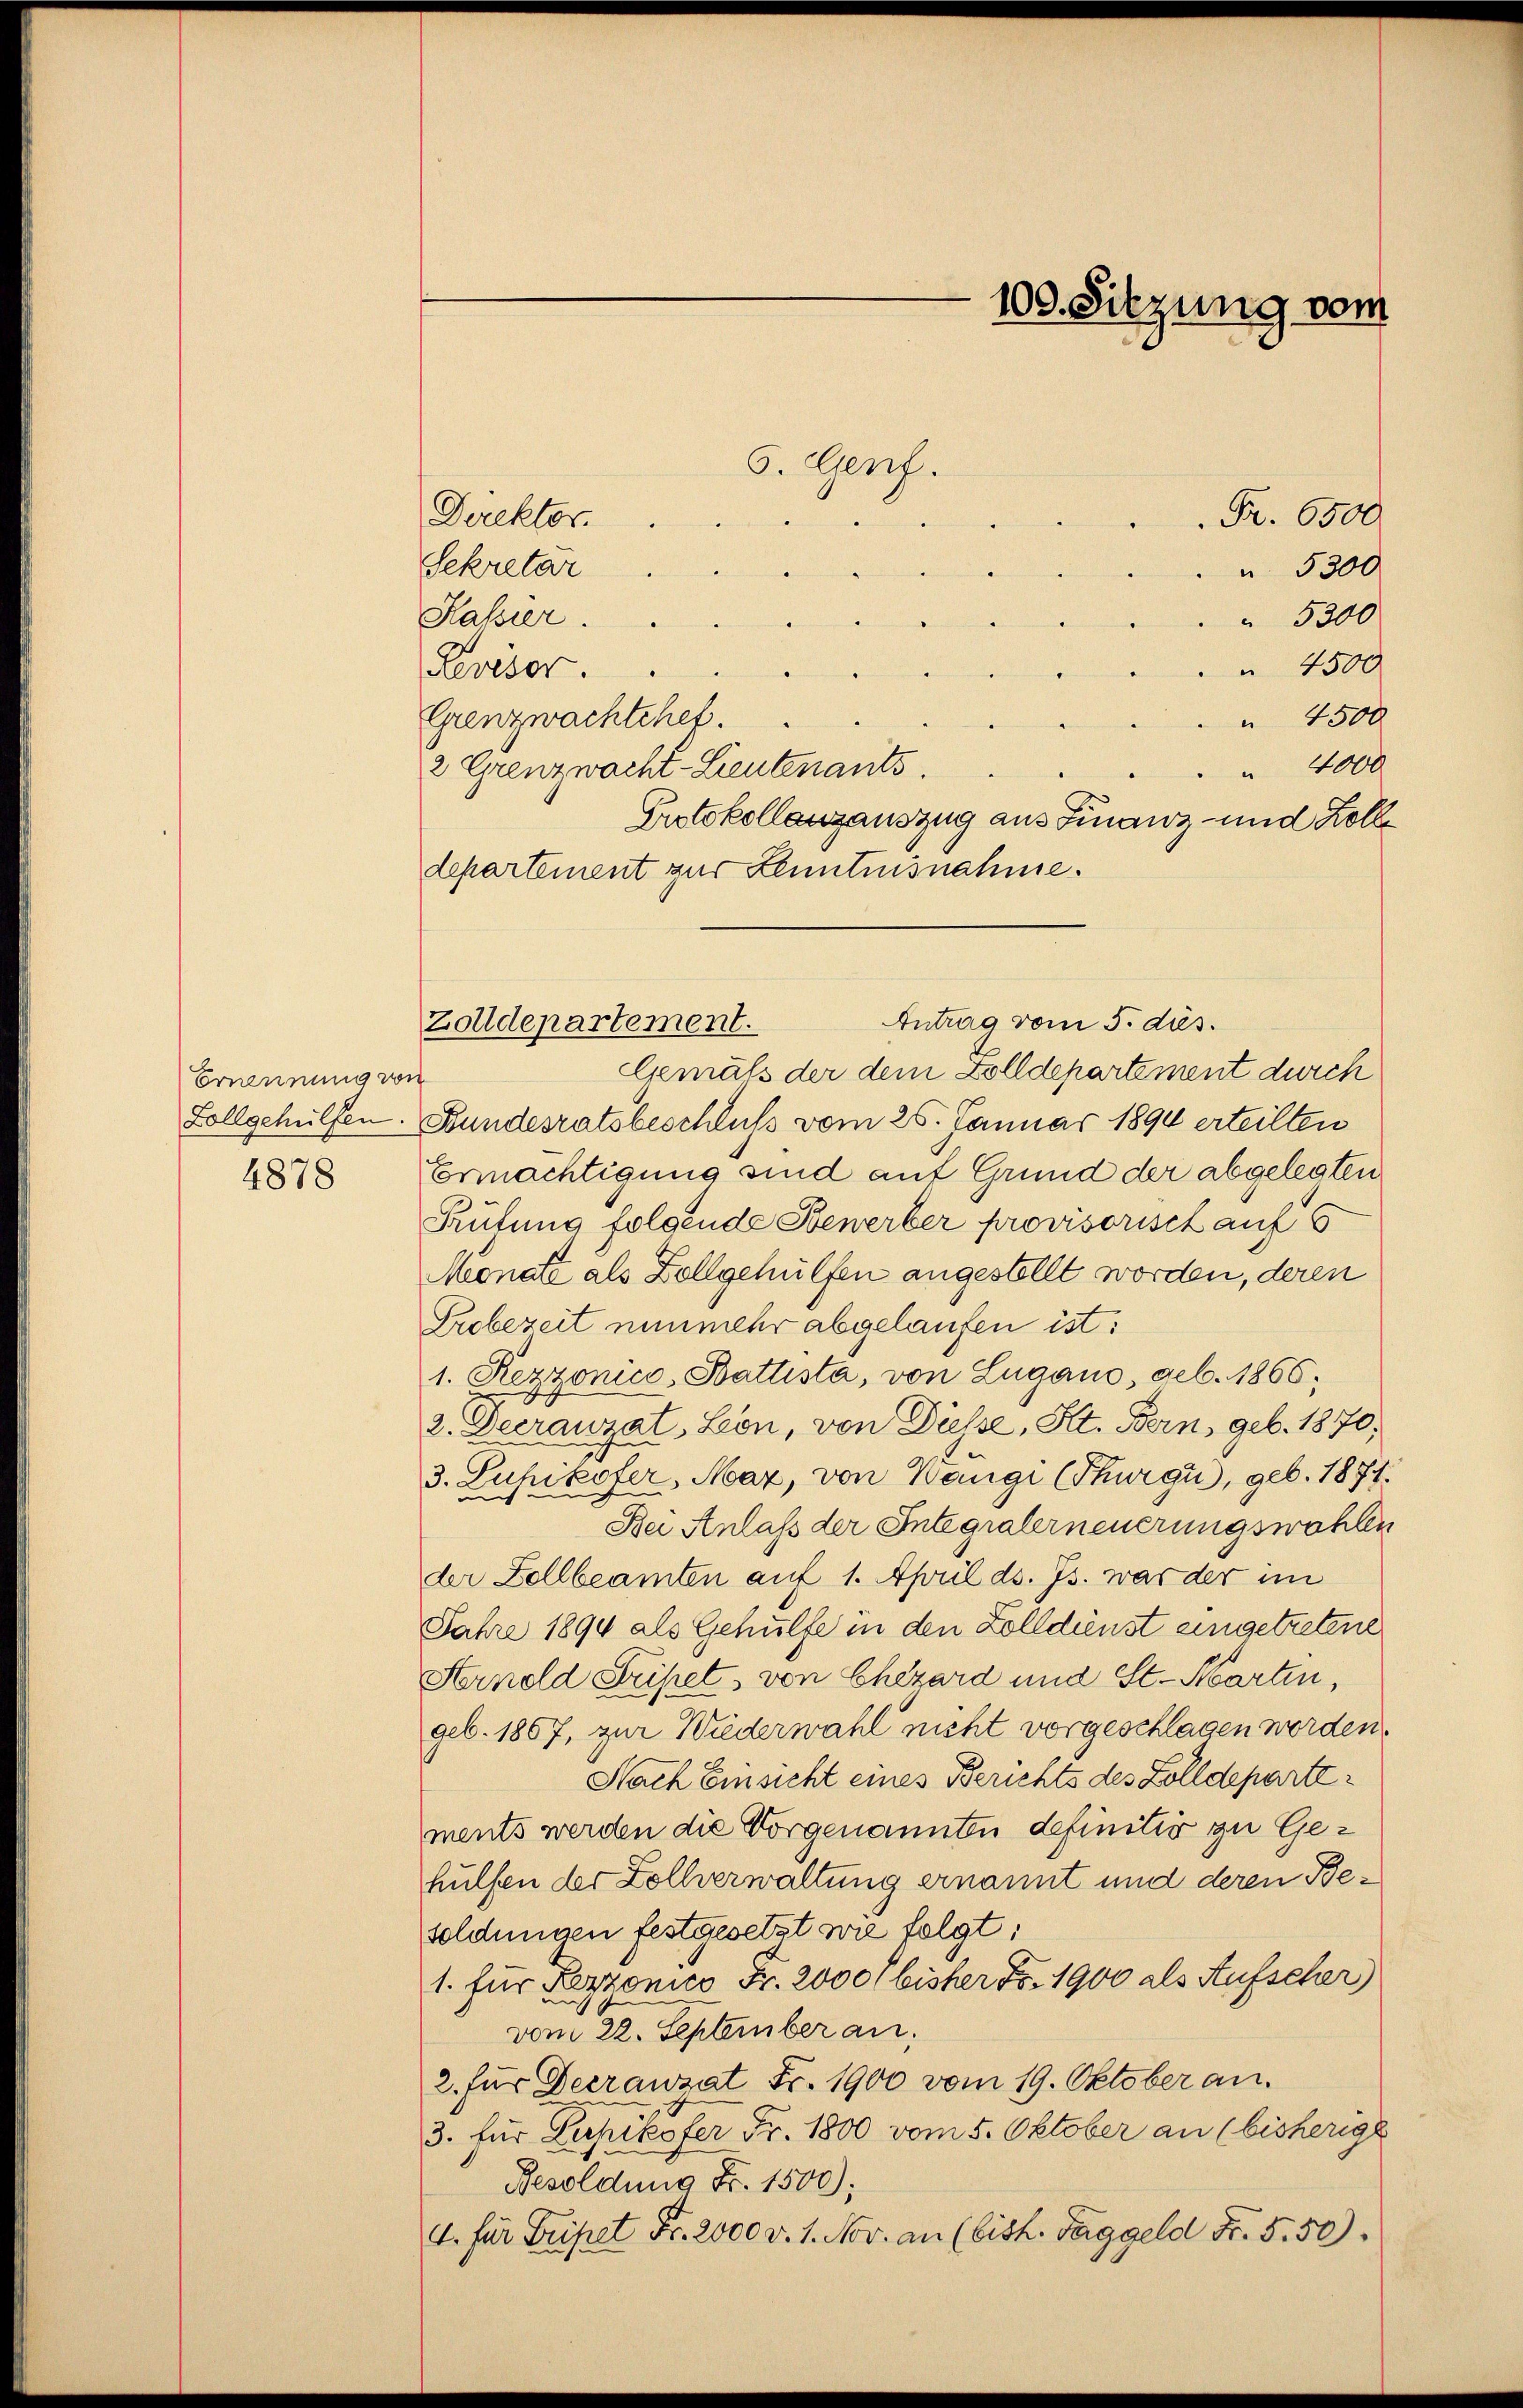
Ernennung von
4878

5. Genf.

Zolldepartement.

Direktor.
Fr. 6500.
Sekretär
" 5300
 5300
Kassier.
 4500
Levisor.
 4500
Grenzwachtchef.
 4000
2 Grenzwacht-Lieutenants.
Protokollanzauszug aus Finanz- und Zolle
departement zur Kenntnisnahme.
Antrag vom 5. ds.
Gemäß der dem Zolldepartement durch
Zollgehülfen. Bundesratsbeschluss vom 25. Januar 1890 erteilten
Ermächtigung sind auf Grund der abgelegten
Rutung folgende Bewerber provisorisch auf s
Monate als Zollgehülfen angestellt worden, deren
Probezeit nunmehr abgelaufen ist:
1. Rezzonico- Battista, von Lugano, geb. 1866;
2. Decrauzat, Lon, von Düsse, St. Bern, geb. 1870,
3. Pupikofer, Mar, von Wangi (Thurgi, geb. 1874.
Bei Anlass der Integralerneuerungswahlen
der Zollbeamten auf 1. April d. Js. war der im
Jahre 1894 als Gehülfe in den Zolldienst eingetretene
Strnold Friset, von Chezard und St. Martien,
geb. 1867, zur Wiederwahl nicht vorgeschlagen werden.
Nach Einsicht eines Berichts des Zolldepartements werden die Vorgenannten definitiv zu Gehülfen der Zollverwaltung ernannt und deren Besoldungen festgesetzt wie folgt:
1. für Lezzonico Fr. 2000 bisher Fr. 1900 als Aufscher)
vom 22. September an:
2. für Decrauzat Fr. 1900 vom 19. Oktober an.
3. für Lupikofer Fr. 1800 vom 5. Oktober an (bisherige
Besoldung Fr. 1500);
4. für Fripet Fr. 2000 v. 1. Nov. an (bish. Taggeld Fr. 5. 50).

100. Sitzung vom